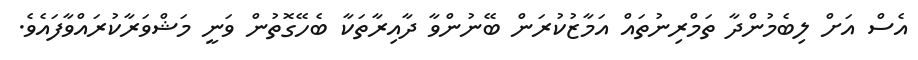
އެސް އަށް ލިބެމުންދާ ތަމްރިނުތައް އަމާޒުކުރަން ބޭނުންވާ ދާއިރާތަކާ ބެހޭގޮތުން ވަނީ މަޝްވަރާކުރައްވާފައެވެ.